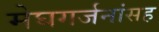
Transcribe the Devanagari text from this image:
मेघगर्जनांसह